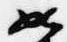
如